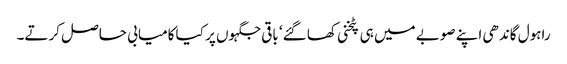
راہول گاندھی اپنے صوبے میں ہی پٹخنی کھا گئے‘ باقی جگہوں پر کیا کامیابی حاصل کرتے۔